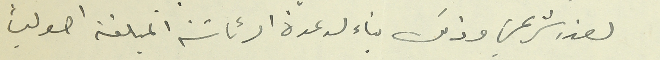
لعذر شرعي وذلك بناء لدعوة الرئاسَة المبلغة اصولياَ